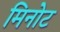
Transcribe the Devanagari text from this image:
मिनोट